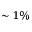
\sim 1 \%